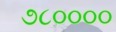
૭૮૦૦૦૦